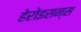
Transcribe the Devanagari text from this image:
हेरोइसन्स